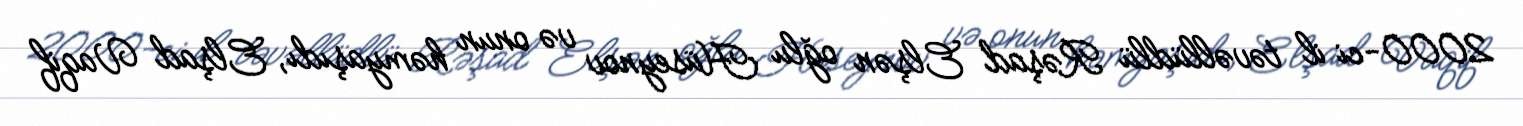
2000-ci il təvəllüdlü Rəşad Elşən oğlu Hüseynov və onun həmyaşıdı, Elşad Vaqif